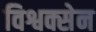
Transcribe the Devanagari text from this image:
विश्वक्सेन